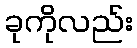
ခုကိုလည်း